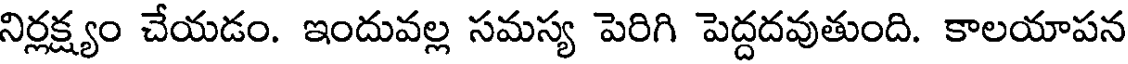
నిర్లక్ష్యం చేయడం. ఇందువల్ల సమస్య పెరిగి పెద్దదవుతుంది. కాలయాపన